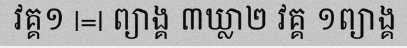
វគ្គ១ |=| ព្យាង្គ ៣ឃ្លា២ វគ្គ ១ព្យាង្គ